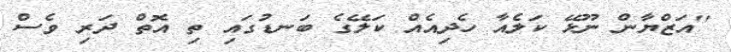
''އަޒްޔާން ނޫޅޭ ކަލެއާ ހެދިއެއް ކަލޭގެ ބަނޑުގައި ތި އޮތް ދަރި ވެސް